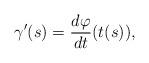
LaTeX: \begin{align*} \gamma'(s) = \frac{d\varphi}{dt}(t(s)),\end{align*}